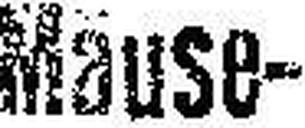
Mäuse¬